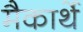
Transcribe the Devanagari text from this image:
मैकार्थे